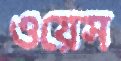
ওয়েস